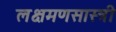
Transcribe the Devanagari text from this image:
लक्षमणसास्त्री